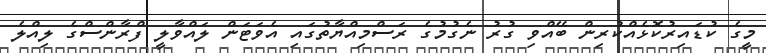
މީގެ ކުޑައިރުކޮޅެއްކުރިން ބޭއްވި ގުރު ނެގުމުގެ ރަސްމިއްޔާތުގައި އެވަޓަން ލައްވާލީ ފްރާންސްގެ ލިއްލެ